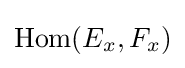
\operatorname {Hom} (E_{x},F_{x})